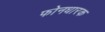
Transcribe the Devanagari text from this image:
फोनधारक